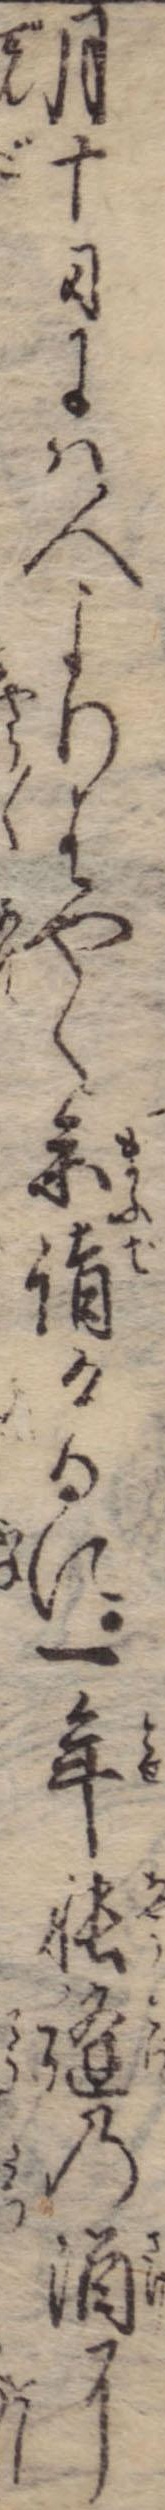
月十日には人よりはやく参詣けるに一年帳縫の酒に